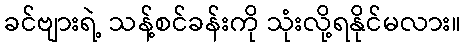
ခင်ဗျားရဲ့ သန့်စင်ခန်းကို သုံးလို့ရနိုင်မလား။